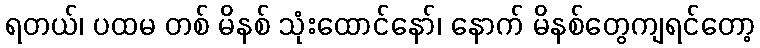
ရတယ်၊ ပထမ တစ် မိနစ် သုံးထောင်နော်၊ နောက် မိနစ်တွေကျရင်တော့